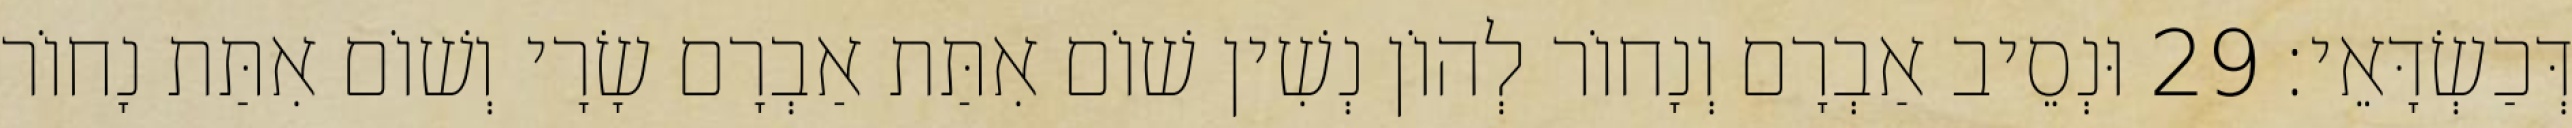
דְּכַשְׂדָּאֵי׃ 29 וּנְסֵיב אַבְרָם וְנָחוֹר לְהוֹן נְשִׁין שׁוֹם אִתַּת אַבְרָם שָׂרָי וְשׁוֹם אִתַּת נָחוֹר